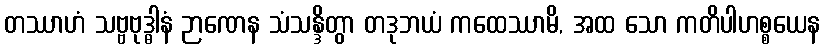
တဿာဟံ သဗ္ဗဗုဒ္ဓါနံ ဉာဏေန သံသန္ဒိတွာ တဒုဘယံ ကထေဿာမိ, အထ သော ကတိပါဟစ္စယေန